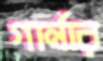
গার্নার